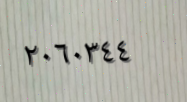
٢٠٦٠٣٤٤